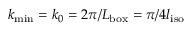
k _ { \mathrm { m i n } } = k _ { 0 } = 2 \pi / L _ { \mathrm { b o x } } = \pi / 4 l _ { \mathrm { i s o } }